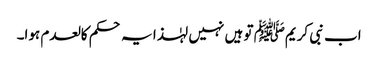
اب نبی کریمﷺ تو ہیں نہیں لہٰذا یہ حکم کالعدم ہوا۔